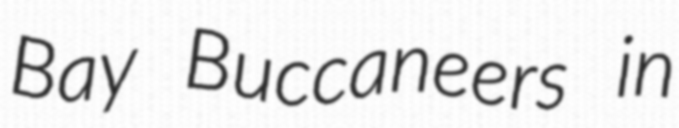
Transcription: Bay Buccaneers in